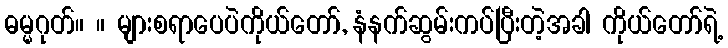
ဓမ္မဂုတ်။ ။ များစရာပေပဲကိုယ်တော်, နံနက်ဆွမ်းကပ်ပြီးတဲ့အခါ ကိုယ်တော်ရဲ့